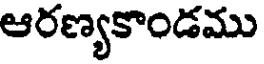
ఆరణ్యకాండము